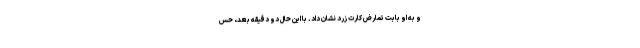
و به او بابت تمارض کارت زرد نشان داد. با این حال دو دقیقه بعد، حس